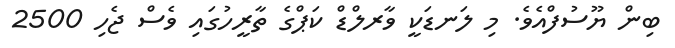
ބިން ޔޫސުފްއެވެ. މި ލަނޑަކީ ވާރލްޑް ކަޕްގެ ތާރީހުގައި ވެސް ޖެހި 2500